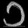
Digit: ၁